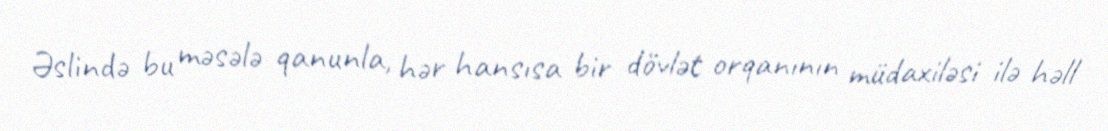
Əslində bu məsələ qanunla, hər hansısa bir dövlət orqanının müdaxiləsi ilə həll